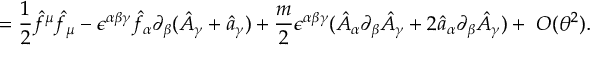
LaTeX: = \frac { 1 } { 2 } \hat { f } ^ { \mu } \hat { f } _ { \mu } - \epsilon ^ { \alpha \beta \gamma } \hat { f } _ { \alpha } \partial _ { \beta } ( \hat { A } _ { \gamma } + \hat { a } _ { \gamma } ) + \frac { m } { 2 } \epsilon ^ { \alpha \beta \gamma } ( \hat { A } _ { \alpha } \partial _ { \beta } \hat { A } _ { \gamma } + 2 \hat { a } _ { \alpha } \partial _ { \beta } \hat { A } _ { \gamma } ) + ~ O ( \theta ^ { 2 } ) .